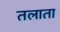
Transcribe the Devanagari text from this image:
तलाता